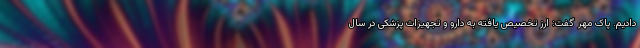
دادیم. پاک مهر گفت: ارز تخصیص یافته به دارو و تجهیزات پزشکی در سال